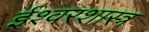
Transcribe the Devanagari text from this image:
ईश्वरशास्त्र